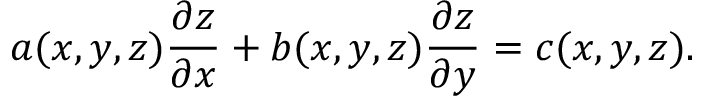
a ( x , y , z ) { \frac { \partial z } { \partial x } } + b ( x , y , z ) { \frac { \partial z } { \partial y } } = c ( x , y , z ) .